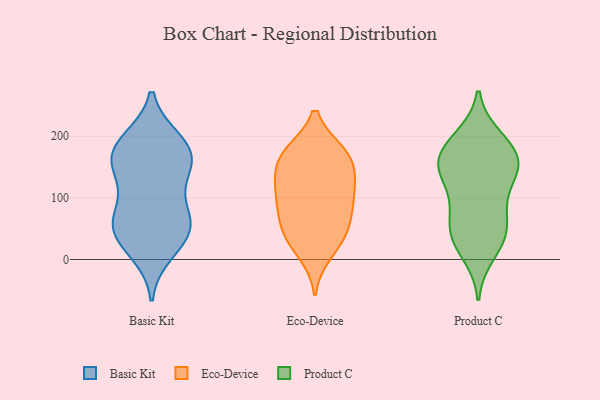
{"axis": {"x": "Active Users", "y": "Value"}, "legend": ["Basic Kit", "Eco-Device", "Product C"], "data": [{"x": "", "y": 43, "type": "Basic Kit"}, {"x": "", "y": 36, "type": "Basic Kit"}, {"x": "", "y": 186, "type": "Basic Kit"}, {"x": "", "y": 192, "type": "Basic Kit"}, {"x": "", "y": 177, "type": "Basic Kit"}, {"x": "", "y": 175, "type": "Basic Kit"}, {"x": "", "y": 56, "type": "Basic Kit"}, {"x": "", "y": 88, "type": "Basic Kit"}, {"x": "", "y": 13, "type": "Basic Kit"}, {"x": "", "y": 147, "type": "Basic Kit"}, {"x": "", "y": 151, "type": "Basic Kit"}, {"x": "", "y": 60, "type": "Basic Kit"}, {"x": "", "y": 141, "type": "Basic Kit"}, {"x": "", "y": 66, "type": "Basic Kit"}, {"x": "", "y": 92, "type": "Eco-Device"}, {"x": "", "y": 145, "type": "Eco-Device"}, {"x": "", "y": 119, "type": "Eco-Device"}, {"x": "", "y": 63, "type": "Eco-Device"}, {"x": "", "y": 173, "type": "Eco-Device"}, {"x": "", "y": 54, "type": "Eco-Device"}, {"x": "", "y": 113, "type": "Eco-Device"}, {"x": "", "y": 86, "type": "Eco-Device"}, {"x": "", "y": 31, "type": "Eco-Device"}, {"x": "", "y": 168, "type": "Eco-Device"}, {"x": "", "y": 11, "type": "Eco-Device"}, {"x": "", "y": 120, "type": "Eco-Device"}, {"x": "", "y": 173, "type": "Eco-Device"}, {"x": "", "y": 40, "type": "Eco-Device"}, {"x": "", "y": 168, "type": "Eco-Device"}, {"x": "", "y": 194, "type": "Product C"}, {"x": "", "y": 157, "type": "Product C"}, {"x": "", "y": 133, "type": "Product C"}, {"x": "", "y": 81, "type": "Product C"}, {"x": "", "y": 156, "type": "Product C"}, {"x": "", "y": 96, "type": "Product C"}, {"x": "", "y": 197, "type": "Product C"}, {"x": "", "y": 10, "type": "Product C"}, {"x": "", "y": 42, "type": "Product C"}, {"x": "", "y": 149, "type": "Product C"}, {"x": "", "y": 163, "type": "Product C"}, {"x": "", "y": 36, "type": "Product C"}, {"x": "", "y": 59, "type": "Product C"}, {"x": "", "y": 176, "type": "Product C"}, {"x": "", "y": 140, "type": "Product C"}, {"x": "", "y": 38, "type": "Product C"}]}